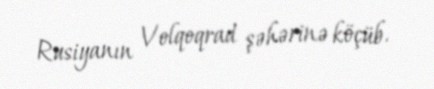
Rusiyanın Volqoqrad şəhərinə köçüb.